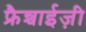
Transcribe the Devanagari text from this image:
फ्रैन्चाईज़ी